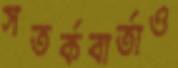
সতর্কবার্তাও